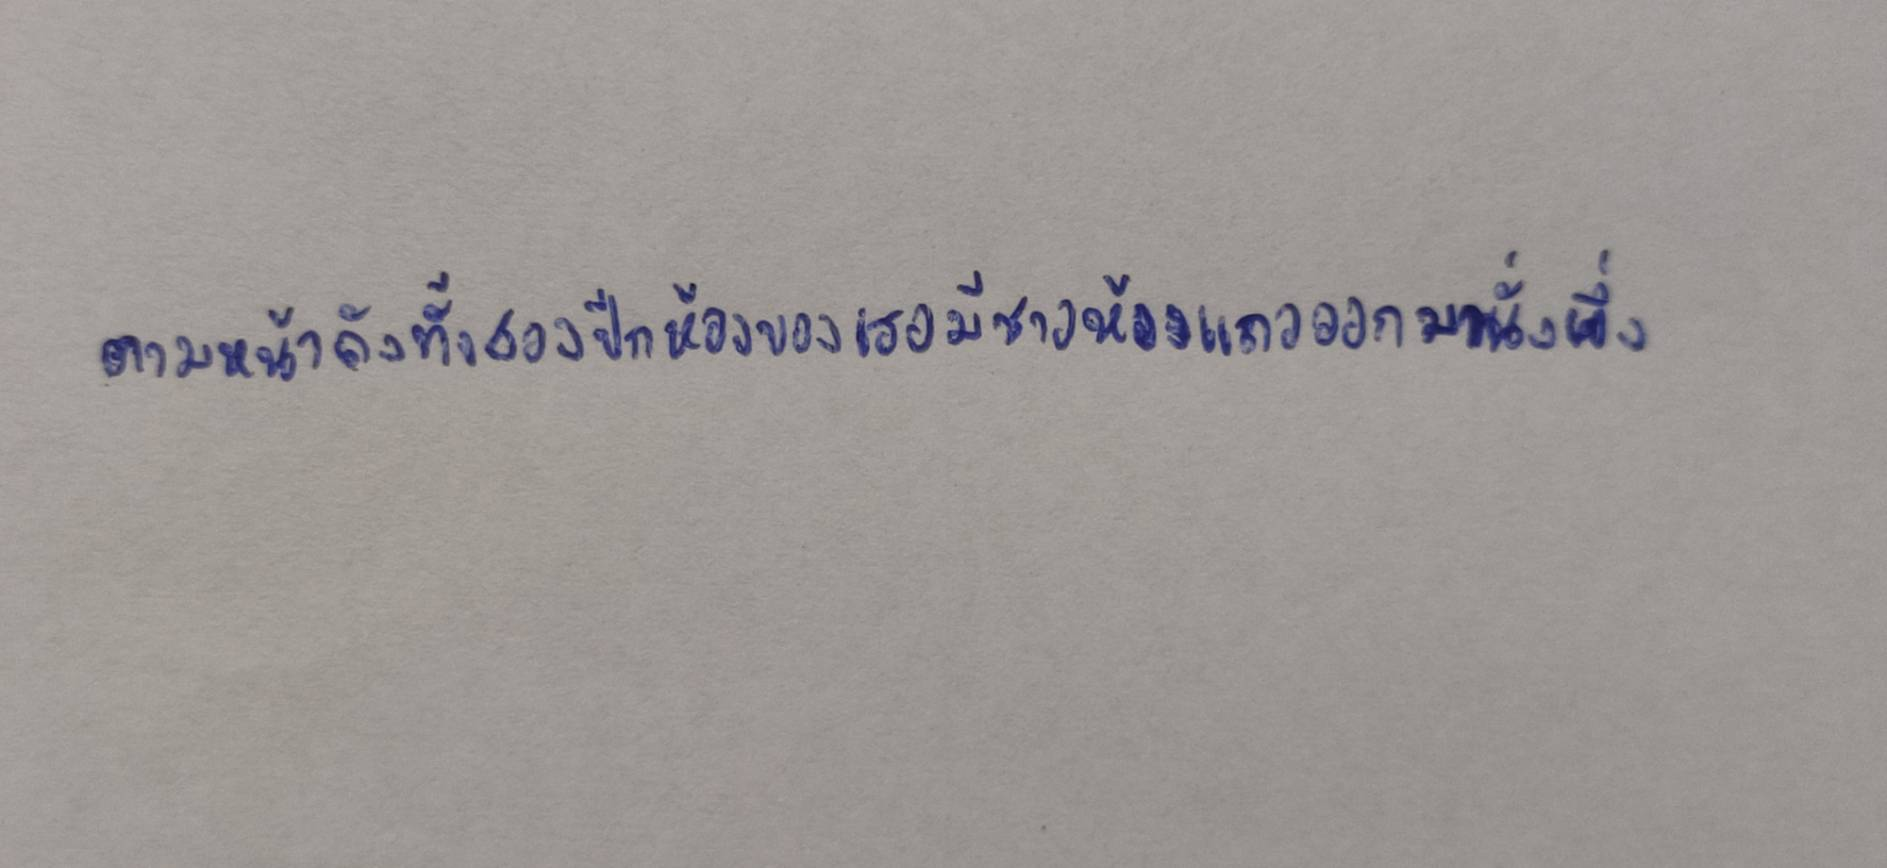
ตามหน้าถังทั้งสองปีกห้องของเธอมีชาวห้องแถวออกมานั่งผึ่ง